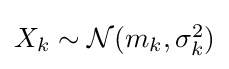
{\textstyle X_{k}\sim {\mathcal {N}}(m_{k},\sigma _{k}^{2})}